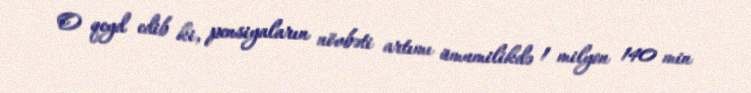
O qeyd edib ki, pensiyaların növbəti artımı ümumilikdə 1 milyon 140 min